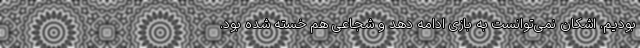
بودیم. اشکان نمی‌توانست به بازی ادامه دهد و شجاعی هم خسته شده بود.